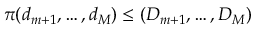
\pi ( d _ { m + 1 } , \hdots , d _ { M } ) \leq ( D _ { m + 1 } , \hdots , D _ { M } )